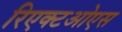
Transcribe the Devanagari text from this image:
रिएक्टओएस